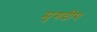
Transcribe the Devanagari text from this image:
मृगदीप